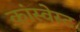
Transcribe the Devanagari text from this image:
कांस्वेस्ट